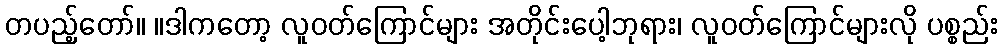
တပည့်တော်။ ။ဒါကတော့ လူဝတ်ကြောင်များ အတိုင်းပေါ့ဘုရား၊ လူဝတ်ကြောင်များလို ပစ္စည်း